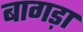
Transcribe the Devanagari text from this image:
बागड़ा